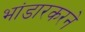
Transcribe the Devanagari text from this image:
भांडारकरने